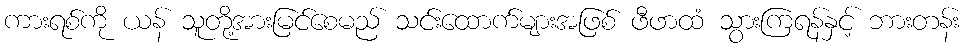
ကားရစ်ကို ယန် သူတို့အားမြင်စေမည် သင်းထောက်များအဖြစ် ဖီဖာထံ သွားကြရန်နှင့် ဘားတန်း